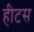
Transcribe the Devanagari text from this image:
हीटस